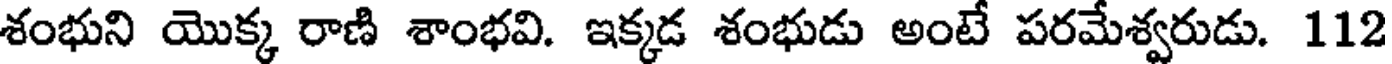
శంభుని యొక్క రాణి శాంభవి. ఇక్కడ శంభుడు అంటే పరమేశ్వరుడు. 112